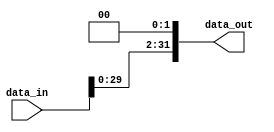
module shift_lf_2 (

     input  wire [31:0] data_in,
     output wire [31:0] data_out

);

    assign data_out = data_in << 2;

endmodule